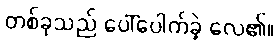
တစ်ခုသည် ပေါ်ပေါက်ခဲ့ လေ၏။